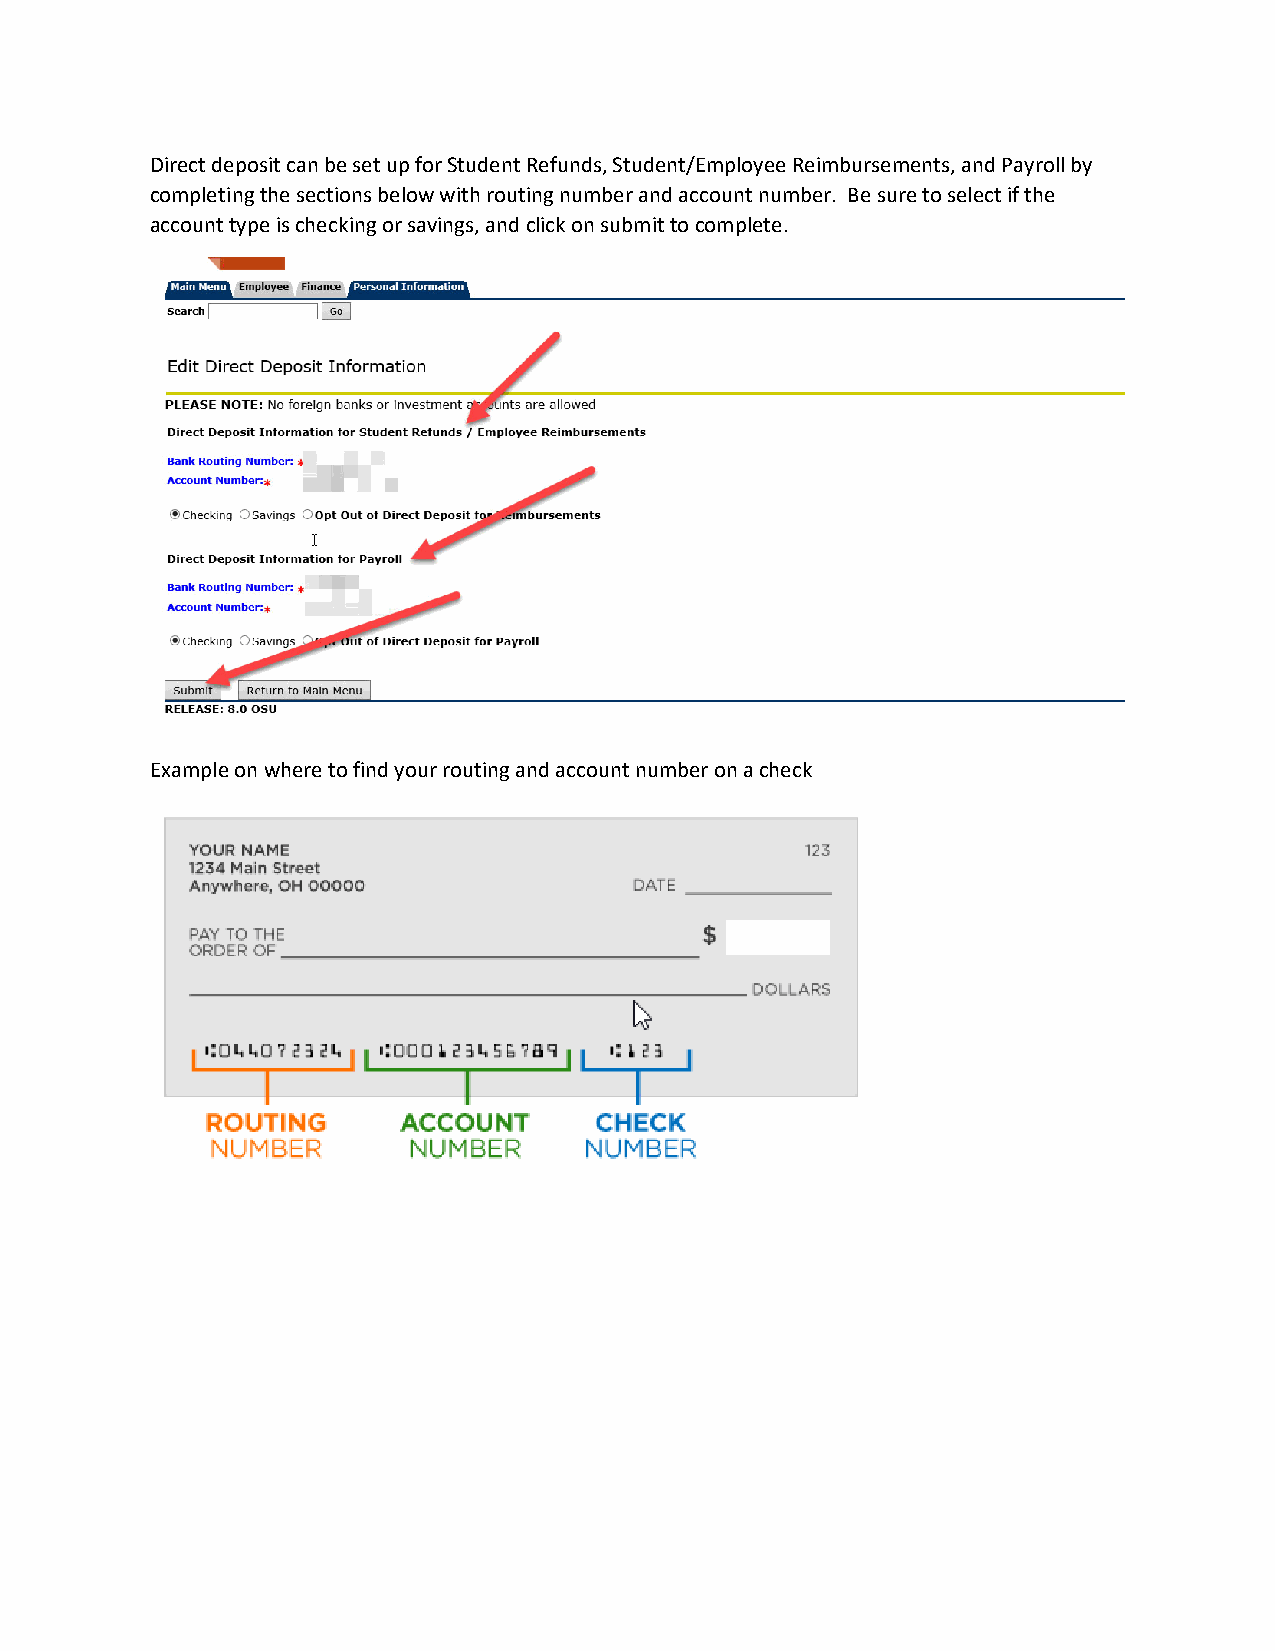
Direct deposit can be set up for Student Refunds, Student/Employee Reimbursements, and Payroll by
 completing the sections below with routing number and account number. Be sure to select if the
 account type is checking or savings, and click on submit to complete.
 Example on where to find your routing and account number on a check